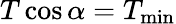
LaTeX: T\cos\alpha=T_{\mathrm{min}}